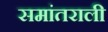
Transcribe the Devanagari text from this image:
समांतराली